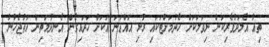
ތިއާ އެލަދުވެރިކަން ނިވަލަކަށް ހެދުމަށްޓަކައި ރުޅި އައްޑަނަ އަކަށް ހަދައިގެން އެނދުމަތިން އަތުޖެހުނު